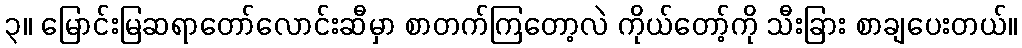
၃။ မြောင်းမြဆရာတော်လောင်းဆီမှာ စာတက်ကြတော့လဲ ကိုယ်တော့်ကို သီးခြား စာချပေးတယ်။